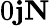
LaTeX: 0\le j\le N